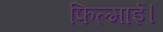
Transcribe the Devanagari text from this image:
फिल्माई।